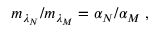
m _ { \lambda _ { N } } / m _ { \lambda _ { M } } = \alpha _ { N } / \alpha _ { M } \; ,